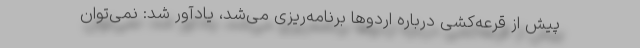
پیش از قرعه‌کشی درباره اردو‌ها برنامه‌ریزی می‌شد، یادآور شد: نمی‌توان